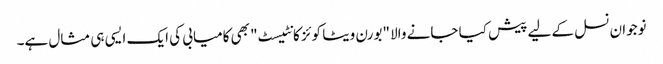
نوجوان نسل کے لیے پیش کیا جانے والا "بورن ویٹا کوئز کانٹیسٹ" بھی کامیابی کی ایک ایسی ہی مثال ہے۔